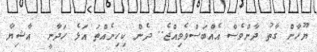
ޔޫހާން ގާތު ދާންވެސް އެއްބަސްވެވިއްޖެ.. ދެން ކިހިނެއްތަ އަޅެ ހަދާނީ  އާޝިޔާ